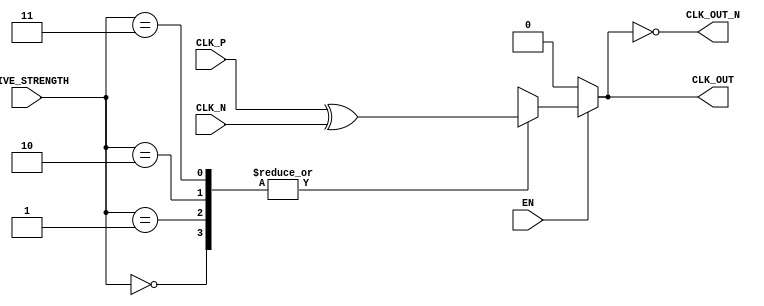
module differential_clock_buffer (
    input wire CLK_P,          // Differential clock positive input
    input wire CLK_N,          // Differential clock negative input
    input wire EN,             // Enable signal
    input wire [1:0] DRIVE_STRENGTH, // Programmable drive strength
    output reg CLK_OUT,        // Single-ended clock output
    output reg CLK_OUT_N       // Complementary single-ended clock output
);

    // Internal signals
    wire clk_diff;             // Differential clock signal
    reg clk_buf;               // Buffered clock signal

    // Hysteresis and common-mode feedback can be implemented in analog
    // but here we simulate basic behavior in digital logic.

    // Amplification Stage (simulated)
    assign clk_diff = CLK_P ^ CLK_N; // Simple differential signal representation

    // Control Logic for Enable
    always @(*) begin
        if (EN) begin
            // Simple drive strength control (for simulation purposes)
            case (DRIVE_STRENGTH)
                2'b00: clk_buf = clk_diff;        // Low drive strength
                2'b01: clk_buf = clk_diff;        // Medium drive strength
                2'b10: clk_buf = clk_diff;        // High drive strength
                2'b11: clk_buf = clk_diff;        // Max drive strength
                default: clk_buf = 1'b0;          // Default to low
            endcase
        end else begin
            clk_buf = 1'b0; // Disable output when EN is low
        end
    end

    // Output Stage
    always @(*) begin
        CLK_OUT = clk_buf;      // Output the buffered clock
        CLK_OUT_N = ~clk_buf;   // Complementary output
    end

endmodule